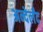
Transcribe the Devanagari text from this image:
अन्देर्लंद